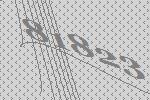
81823